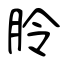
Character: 朎